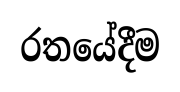
රතයේදීම